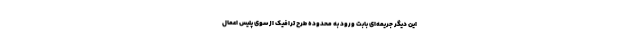
این دیگر جریمه‌ای بابت ورود به محدوده طرح ترافیک از سوی پلیس اعمال